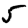
Digit: 5